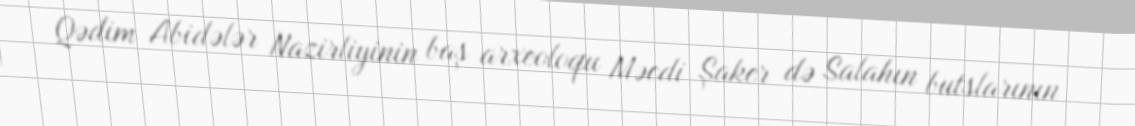
Qədim Abidələr Nazirliyinin baş arxeoloqu Məcdi Şaker də Salahın butslarının